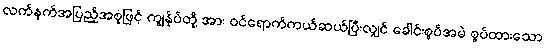
လက်နက်အပြည့်အစုံဖြင့် ကျွန်ုပ်တို့ အား ဝင်ရောက်ကယ်ဆယ်ပြီးလျှင် ခေါင်းစွပ်အမဲ စွပ်ထားသော